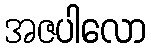
အဇပါလော